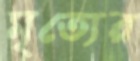
মৃত্যের